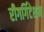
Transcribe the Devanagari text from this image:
रीगर्गिटेशन